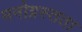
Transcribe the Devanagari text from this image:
मनोग्रस्तता